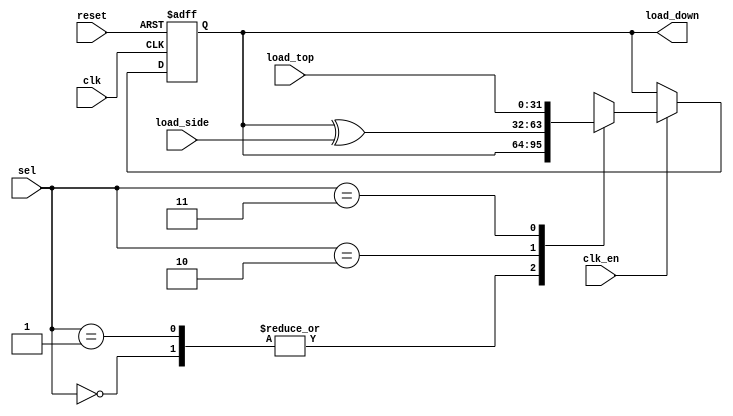
// Description:
//
module gfm_mac #(parameter N=32)
(
    input wire          clk,
    input wire          clk_en,
    input wire          reset,
    input wire  [1:0]   sel,
    input wire  [N-1:0] load_top,
    input wire  [N-1:0] load_side,
    output wire [N-1:0] load_down
);

function [N-1:0] pick_nextstate
    (  
       input reg [N-1:0] vtop,
       input reg [N-1:0] vside, 
       input reg [N-1:0] vthis,
       input reg [1:0]   sel
    );
    reg [N-1:0] result;
    begin
        case(sel)
            2'b00:result = vthis;
            2'b01:result = vthis;
            2'b10:result = vthis ^ vside;
            2'b11:result = vtop;
        endcase
        pick_nextstate = result;
    end
endfunction

reg [N-1:0] sr, sr_next;

always@(posedge clk, posedge reset)
begin
    if(reset)
        sr <= 0;
    else if(clk_en)
        sr <= pick_nextstate(load_top, load_side, sr, sel);
end

assign load_down = sr;

endmodule